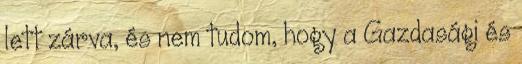
lett zárva, és nem tudom, hogy a Gazdasági és